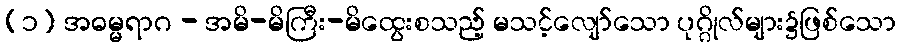
(၁) အဓမ္မရာဂ - အမိ-မိကြီး-မိထွေးစသည့် မသင့်လျော်သော ပုဂ္ဂိုလ်များ၌ဖြစ်သော